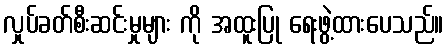
လှုပ်ခတ်စီးဆင်းမှုများ ကို အထူးပြု ရေးဖွဲ့ထားပေသည်။